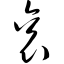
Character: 衮